Scottish Leaving Certificate Examination, 1958
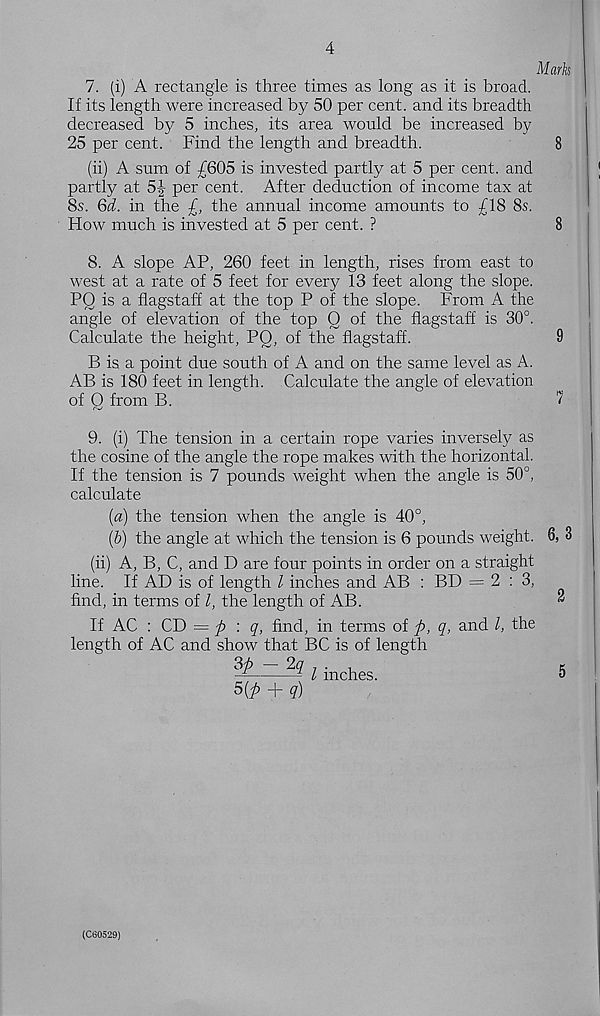
7. (i) A rectangle is three times as long as it is broad.
If its length were increased by 50 per cent, and its breadth
decreased by 5 inches, its area would be increased by
25 per cent. Find the length and breadth.
(ii) A sum of £605 is invested partly at 5 per cent, and
partly at 5£ per cent. After deduction of income tax at
8s. Qd. in the £, the annual income amounts to £18 8s.
How much is invested at 5 per cent. ?
8. A slope AP, 260 feet in length, rises from east to
west at a rate of 5 feet for every 13 feet along the slope.
PO is a flagstaff at the top P of the slope. From A the
angle of elevation of the top 0 of the flagstaff is 30°.
Calculate the height, PQ, of the flagstaff.
B is a point due south of A and on the same level as A.
AB is 180 feet in length. Calculate the angle of elevation
of O from B.
9. (i) The tension in a certain rope varies inversely as
the cosine of the angle the rope makes with the horizontal.
If the tension is 7 pounds weight when the angle is 50°,
calculate
(a) the tension when the angle is 40°,
[b] the angle at which the tension is 6 pounds weight.
(ii) A, B, C, and D are four points in order on a straight
line. If AD is of length l inches and AB : BD = 2:3,
find, in terms of l, the length of AB.
If AC : CD — ft '■ q, find, in terms of ft, q, and l, the
length of AC and show that BC is of length
3^_-2q t inches _
5(£> + q)
(C60529)